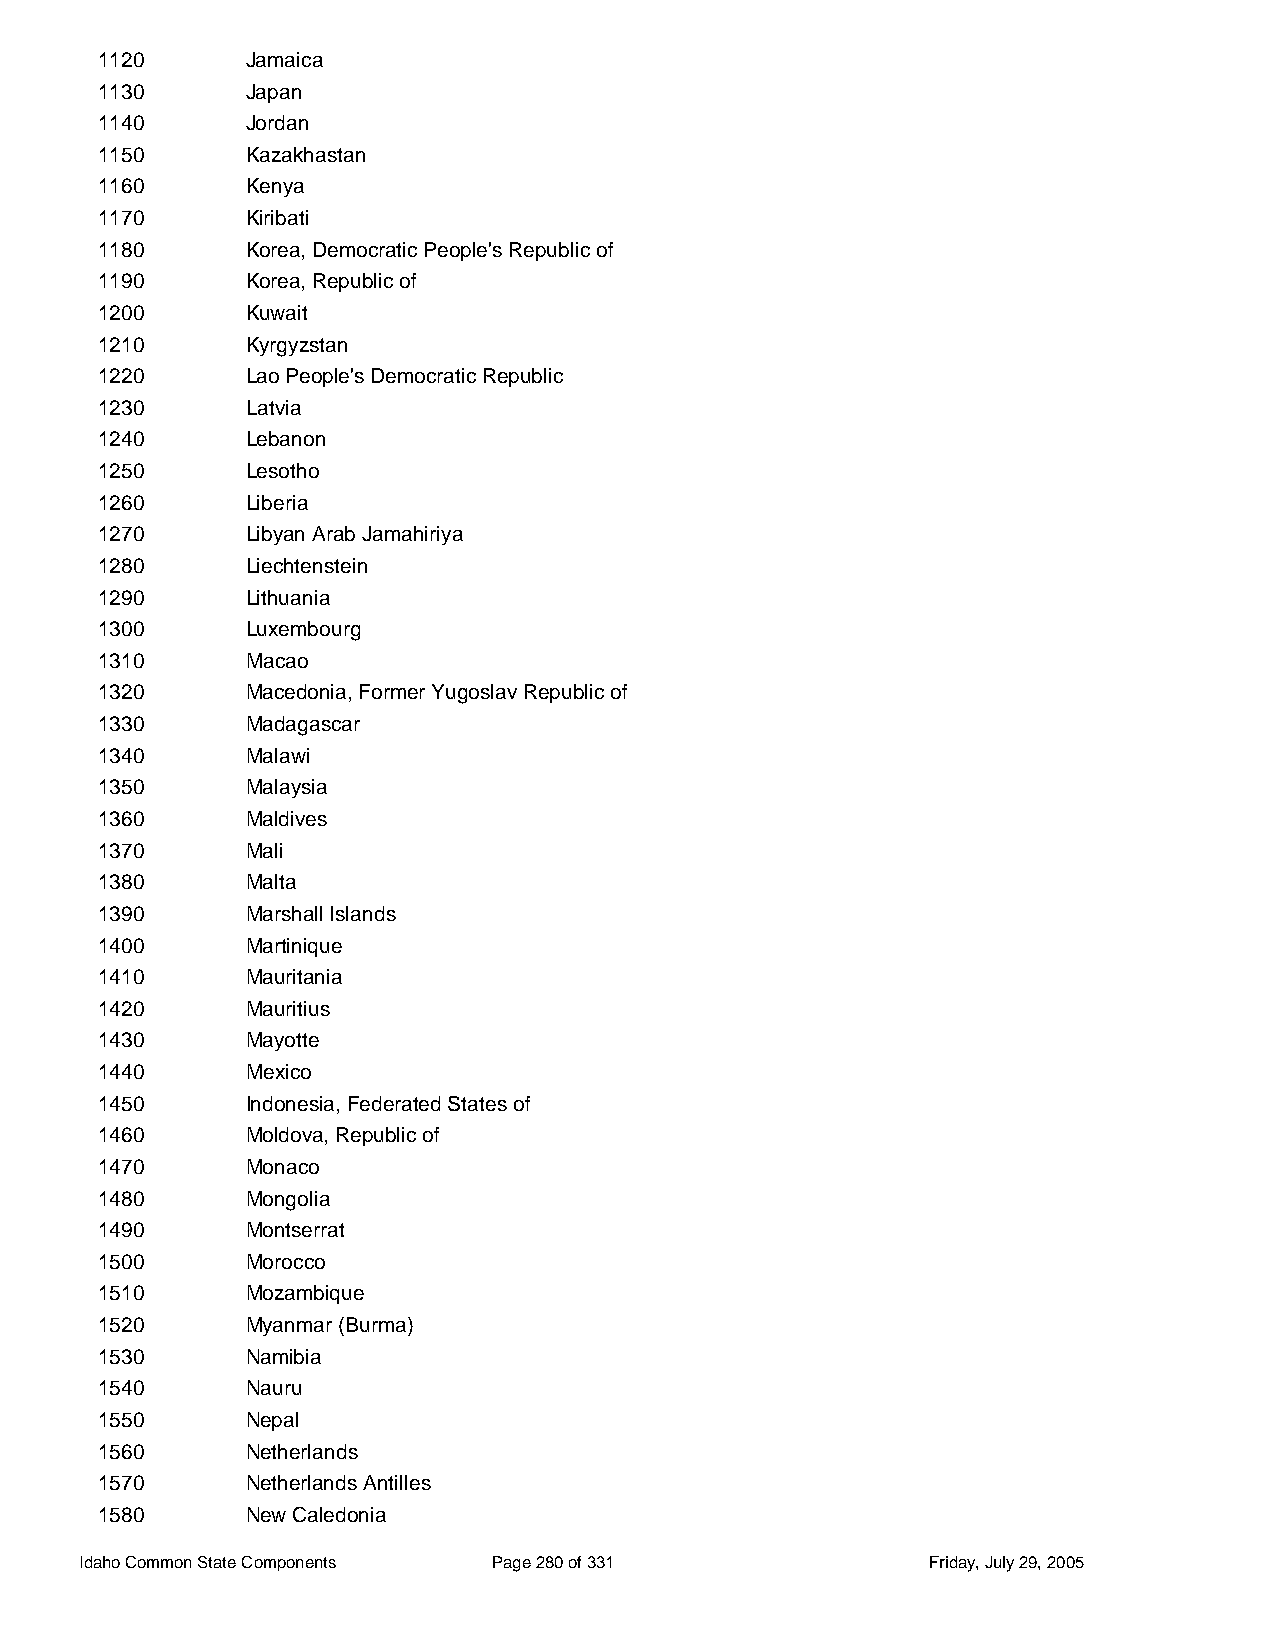
1120      Jamaica
 1130      Japan
 1140      Jordan
 1150      Kazakhastan
 1160      Kenya
 1170      Kiribati
 1180      Korea, Democratic People's Republic of
 1190      Korea, Republic of
 1200      Kuwait
 1210      Kyrgyzstan
 1220      Lao People's Democratic Republic
 1230      Latvia
 1240      Lebanon
 1250      Lesotho
 1260      Liberia
 1270      Libyan Arab Jamahiriya
 1280      Liechtenstein
 1290      Lithuania
 1300      Luxembourg
 1310      Macao
 1320      Macedonia, Former Yugoslav Republic of
 1330      Madagascar
 1340      Malawi
 1350      Malaysia
 1360      Maldives
 1370      Mali
 1380      Malta
 1390      Marshall Islands
 1400      Martinique
 1410      Mauritania
 1420      Mauritius
 1430      Mayotte
 1440      Mexico
 1450      Indonesia, Federated States of
 1460      Moldova, Republic of
 1470      Monaco
 1480      Mongolia
 1490      Montserrat
 1500      Morocco
 1510      Mozambique
 1520      Myanmar (Burma)
 1530      Namibia
 1540      Nauru
 1550      Nepal
 1560      Netherlands
 1570      Netherlands Antilles
 1580      New Caledonia
 Idaho Common State Components Page 280 of 331           Friday, July 29, 2005